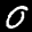
Label: 0